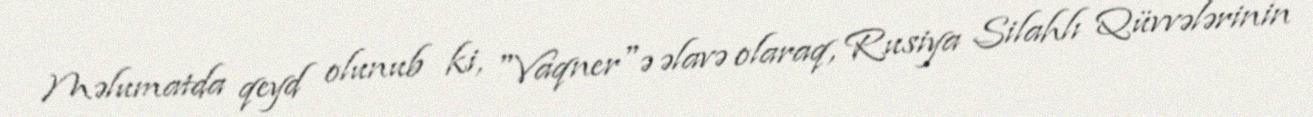
Məlumatda qeyd olunub ki, "Vaqner"ə əlavə olaraq, Rusiya Silahlı Qüvvələrinin